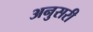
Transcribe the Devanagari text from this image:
अनुसरी